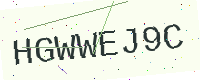
Text: HGWWEJ9C